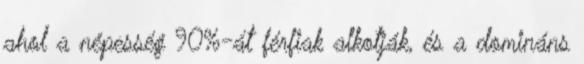
ahol a népesség 90%-át férfiak alkotják, és a domináns